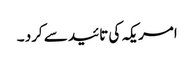
امریکہ کی تائید سے کرد ۔